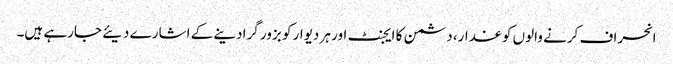
انحراف کرنے والوں کو غدار، دشمن کا ایجنٹ اور ہر دیوار کو بزور گرادینے کے اشارے دیئے جارہے ہیں۔